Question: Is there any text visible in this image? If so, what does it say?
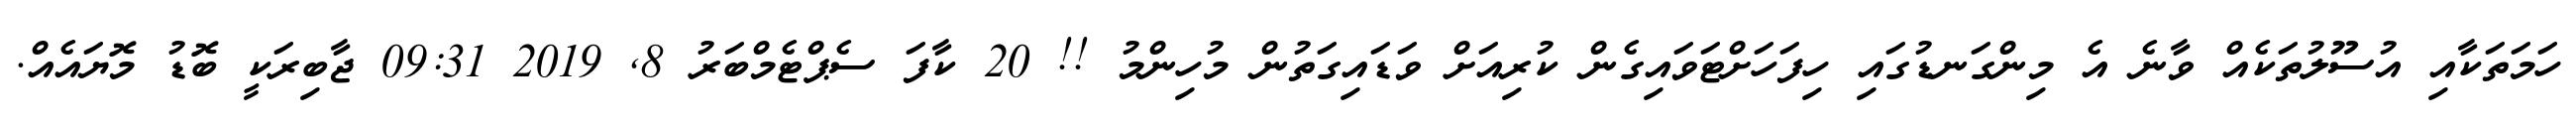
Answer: ހަމަތަކާއި އުސޫލުތަކެއް ވާނެ އެ މިންގަނޑުގައި ހިފަހަށްޓަވައިގެން ކުރިއަށް ވަޑައިގަތުން މުހިންމު !! 20 ކާފަ ސެޕްޓެމްބަރު 8, 2019 09:31 ޖާބިރަކީ ބޮޑު މޮޔައެއް.